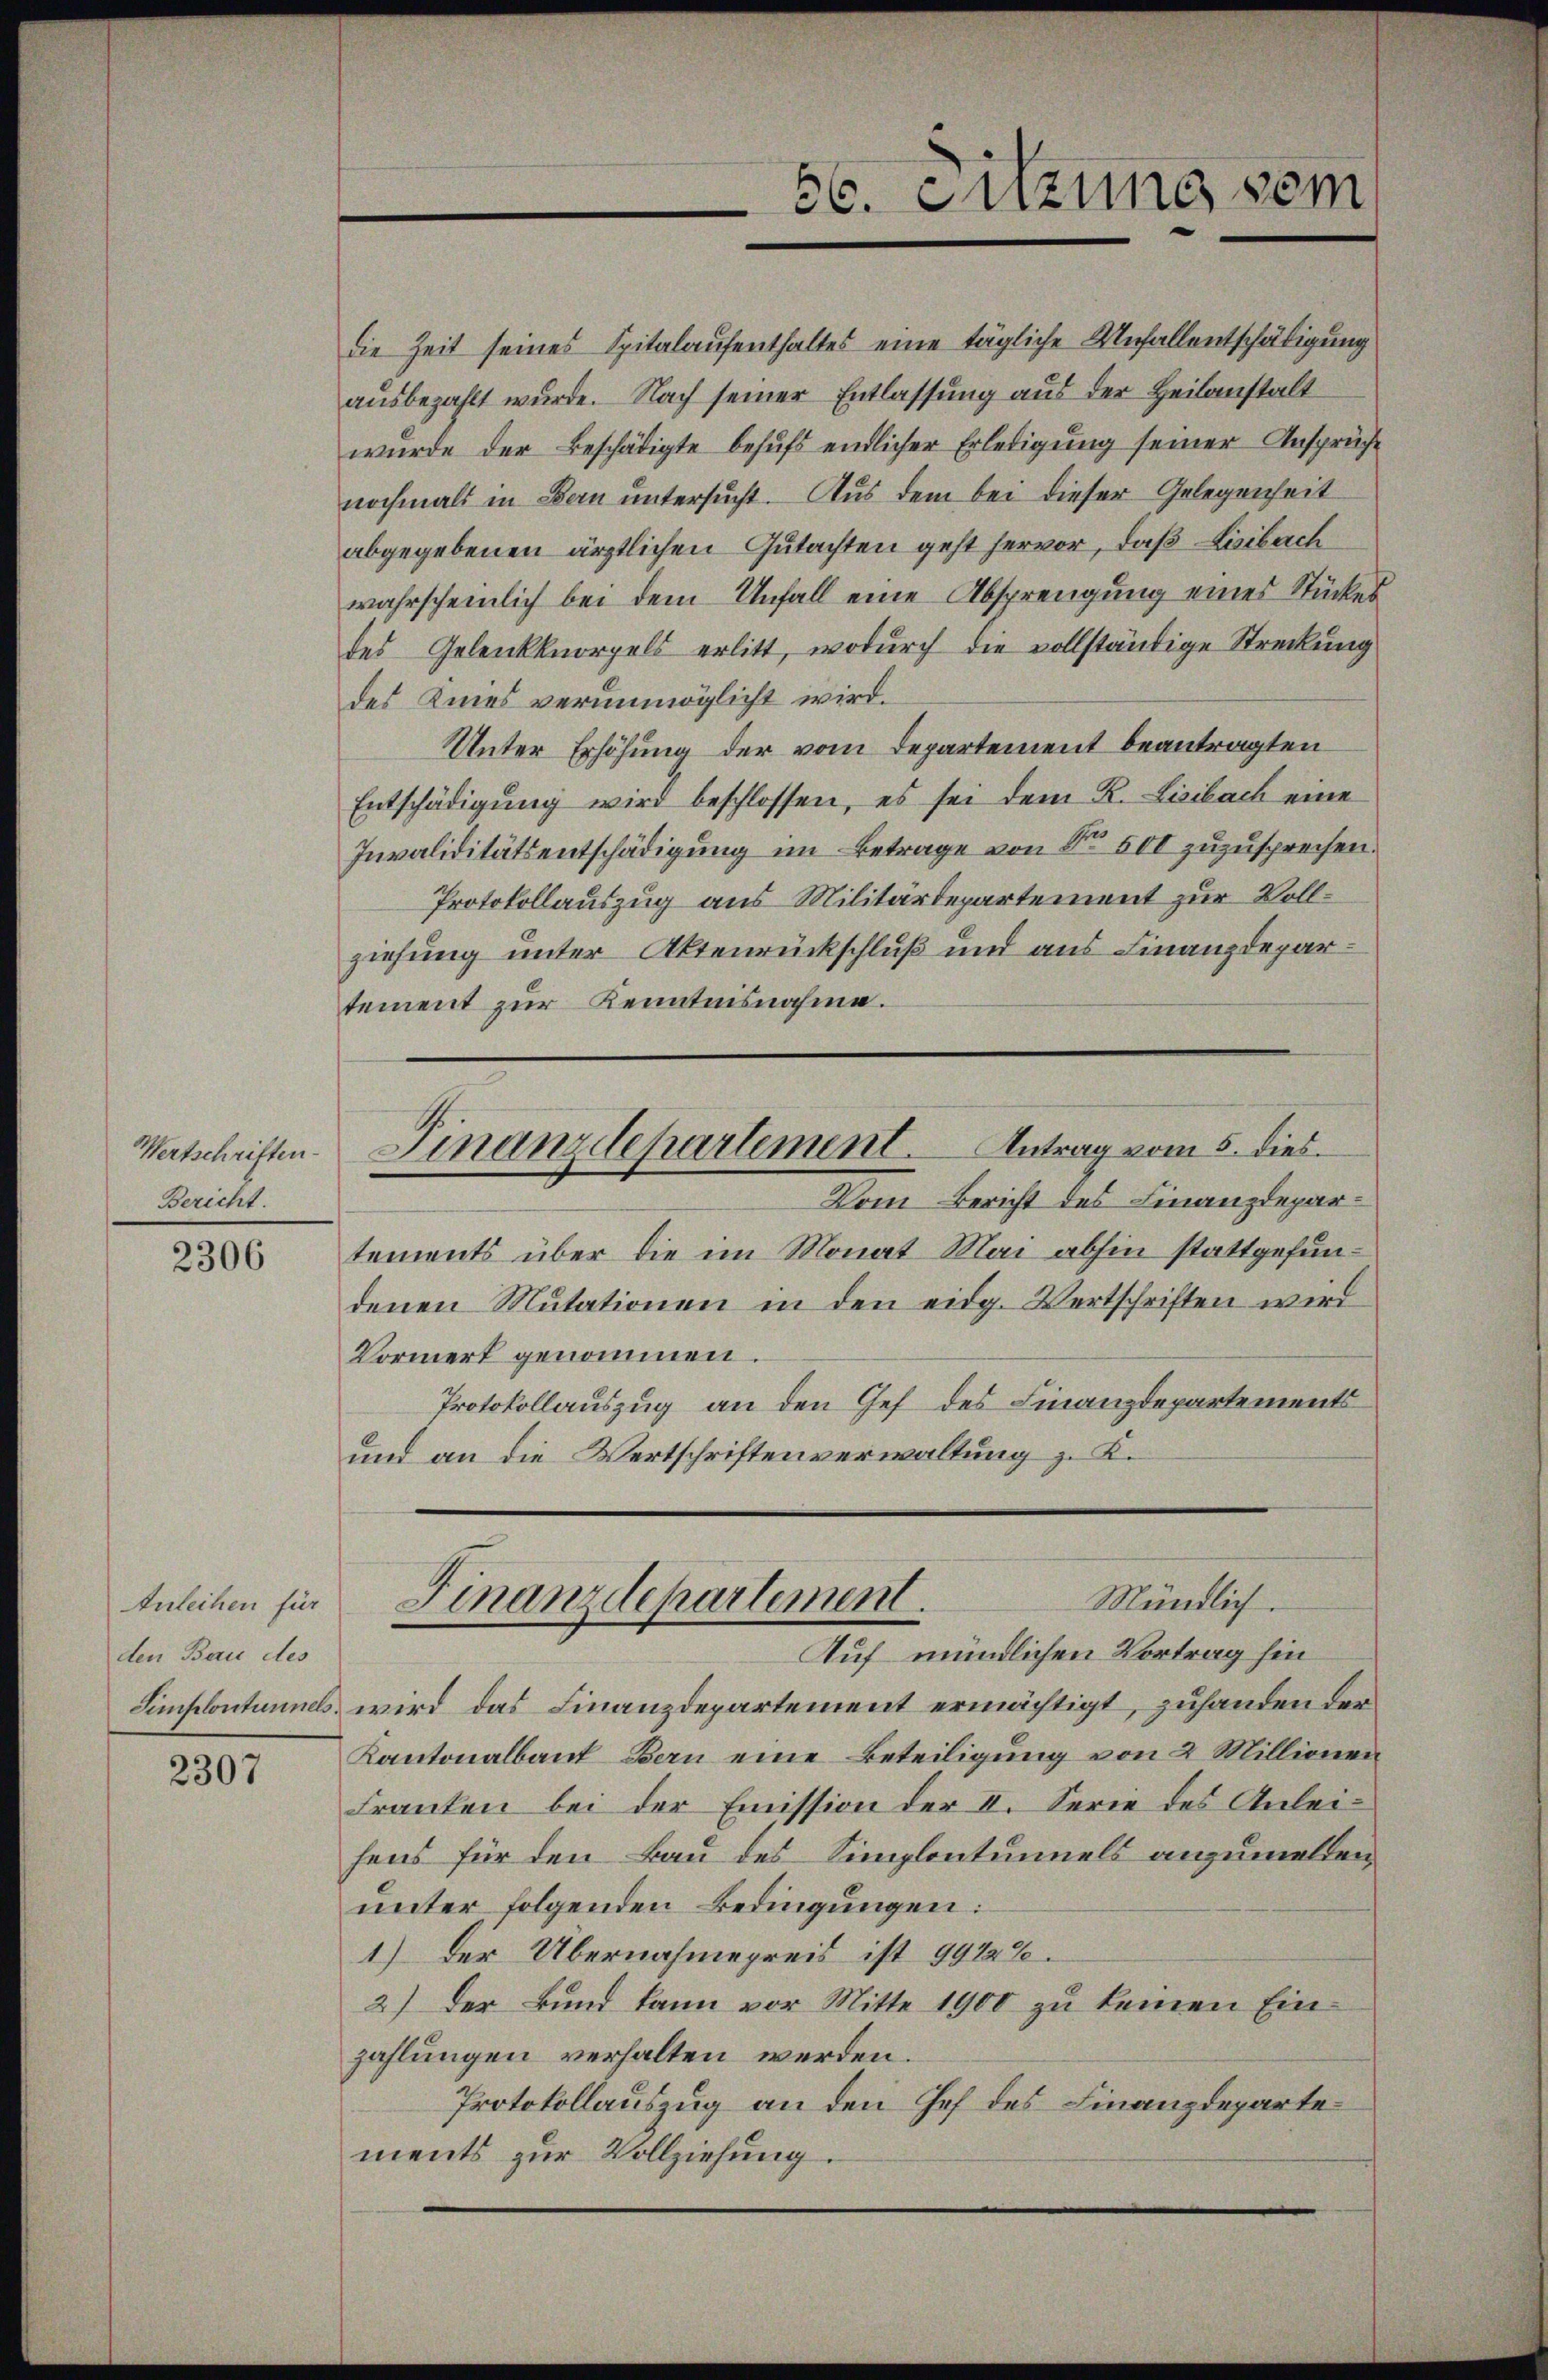
Wertschriften.
Bericht.

2306

Anleihen für
den Bau des

2307

die Zeit seines Spitalaufenthaltes eine tägliche Unfallentschädigung
aŭsbezahlt wurde. Nach seiner Entlassung aus der Heilanstalt
wurde der Beschädigte behufs endlicher Erledigung seiner Ansprüche
nochmals in Bern untersucht. Aus dem bei dieser Gelegenheit
abgegebenen ärztlichen Gutachten geht hervor, daß Lisibach
wahrscheinlich bei dem Unfall eine Absprengung eines Stückes
des Gelenkknorpels erlitt, wodurch die vollständige Streckung
des Knies verunmöglicht wird.
Unter Erhöhung der vom Departement beantragten
Entschädigŭng wird beschlossen, es sei dem K. Lisibach eine
Invaliditätsentschädigung im Betrage von Nr. 500 zuzusprechen.
Protokollauszug aus Militärdepartement zur Vollziehung unter Aktenrückschluß und aus Finanzdepartement zur Kenntnisnahme.

56. Enzung sei

tements über die im Monat Mai abhin stattgefundenen Mutationen in den eidg. Wertschriften wird
Vormert genommen.
Protokollauszug an den Gef des Finanzdepartements
und an die Wertschriftenverwaltung z. K.

Finanzdepartement. Antrag vom 5. dies
Vom Bericht des Finanzdepar¬

Mündlich.
Finanzdepartement.
Auf mündlichen Vortrag hin

Simplontunnels wird das Finanzdepartement ermächtigt, zuhanden der
Kantonalbaut Bern eine Beteiligung von 2 Millionen
Franken bei der Emission der I. Serie des Anleihens für den Bau des Simplontunnels anzumelden
unter folgenden Bedingungen:
1.) Der Übernahmepreis ist 9922%.
2.) Der Bund kann vor Mitte 1900 zu keinen Einzahlungen verhalten werden.
Protokollauszug an den Hef des Finanzdepartements zur Vollziehung.